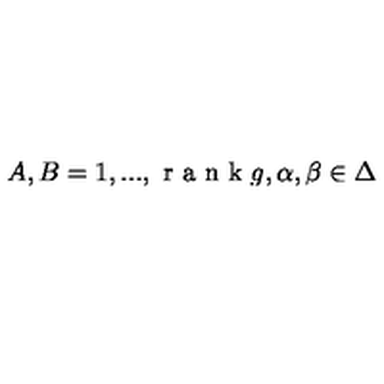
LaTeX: A , B = 1 , . . . , { \textrm { r a n k } } g , \alpha , \beta \in \Delta